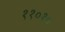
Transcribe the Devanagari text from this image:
११०१०